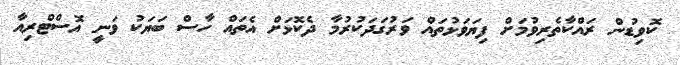
ކޮވިޑުން ރައްކާތެރިވުމަށް ފިޔަވަޅުތައް ވަރުގަދަކުރުމާ ދެކޮޅަށް އެތައް ހާސް ބަޔަކު ވަނީ އޮސްޓްރިއާ